Report on vaccination in Madras 1877-1894 - 1877-1894
Year: 1877
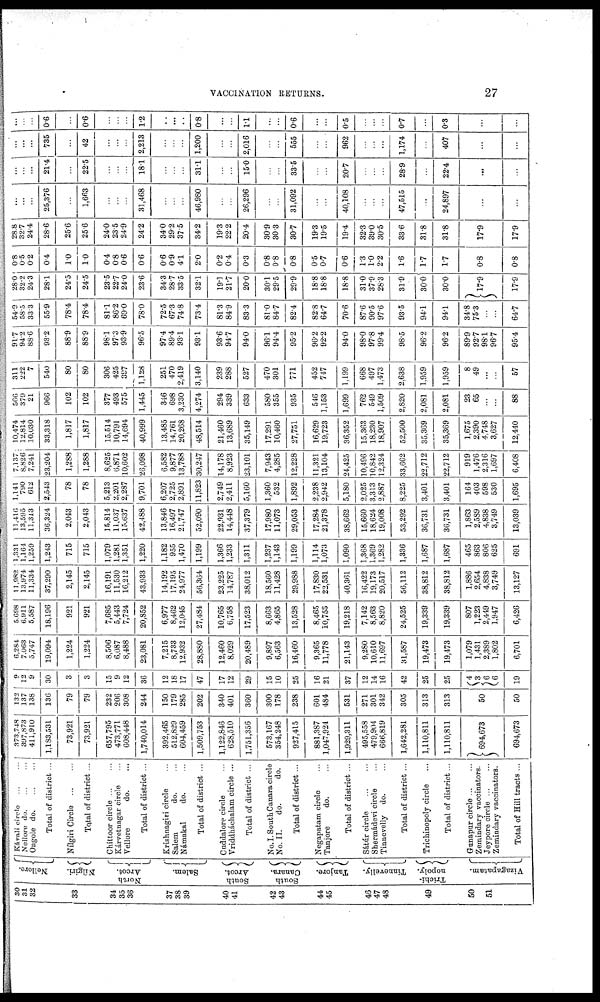
VACCINATION RETURNS.
27
30
31
32
33
34
35
36
37
39
40
41
42
43
44
45
46
47
48
49
50
51
Nellore.
Nílgiri.
North
Arcot.
Salem.
South
Arcot.
South
Canara.
Tanjore.
Tinnevelly.
Trichi¬
nopoly.
Vizagapatam.
Kávali circle ... ...
Nellore do. ... ...
Ongole do.
Total of district ...
Nílgiri Circle
...
...
Total of district ...
Chittoor circle ... ...
Kárvetnagar circle
Vellore
do. ...
Total of district ...
Krishnagiri circle ...
Salem
do. ...
Námakal
do. ...
Total of district ...
Cuddalore circle ...
Vriddháchalam circle ...
Total of district ...
No.I. South Canara circle
No. II.
do.
do.
Total of district ...
Negapatam circle ...
Tanjore
do. ...
Total of district ...
Sátúr circle ... ...
Shermádevi circle ...
Tinnevelly do. ...
Total of district ...
Trichinopoly circle ...
Total of district ...
Gunapur circle ...
Zemindary vaccinators.
Jeypore circle ... ...
Zemindary vaccinators.
Total of Hill tracts ...
373,748
397,873
411,910
1,183,531
73,921
73,921
657,795
473,771
608,448
1,740,014
392,465
512,829
604,459
1,509,753
1,122,846
628,510
1,751,356
573,167
354,248
927,415
881,387
1,047,924
1,929,311
495,558
479,904
666,819
1,642,281
1,110,811
1,110,811
694,673
694,673
132
137
138
136
79
79
232
206
308
244
150
179
285
202
340
401
360
300
178
238
601
484
531
271
301
342
305
313
313
50
50
9 12
9
30
3
3
15
9
12
36
12
18
17
47
17
12
29
15
10
25
16
21
37
12
14
16
42
25
25
4
3
6
6
19
6,284
7,063
5,747
19,094
1,224
1,224
8,506
6,087
8,488
23,081
7,215
8,733
12,932
28,880
12,460
8,029
20,489
9,897
6,563
16,460
9,365
11,778
21,143
9,280
10,610
11,697
31,587
19,473
19,473
1,079
1,431
2,389
1,802
6,701
5,698
6,911
5,587
18,196
921
921
7,685
5,443
7,724
20,852
6,977
8,462
12,045
27,484
10,765
6,758
17,523
8,663
4,865
13,528
8,465
10,753
19,218
7,142
8,563
8,820
24,525
19,339
19,339
807
1,223
2,449
1,947
6,426
11,982
13,974
11,334
37,290
2,145
2,145
16,191
11,530
16,212
43,933
14,192
17,195
24,977
56,364
23,225
14,787
38,012
18,560
11,428
29,988
17,830
22,531
40,361
16,422
19,173
20,517
56,112
38,812
38,812
1,886
2,654
4,838
3,749
13,127
1,331
1,164
1,259
1,243
715
715
1,079
1,281
1,351
1,220
1,182
955
1,470
1,199
1,366
1,233
1,311
1,237
1,143
1,199
1,114
1,073
1,090
1,368
1,369
1,282
1,336
1,687
1,687
465
863
806
625
691
11,416
13,595
11,313
36,324
2,043
2,043
15,814
11,037
15,637
42,488
13,846
16,497
21,747
52,090
22,931
14,448
37,379
17,980
11,073
29,053
17,284
21,378
38,662
15,660
18,624
19,008
53,292
36,731
36,731
1,863
2,589
4,838
3,749
13,039
1,141
790
612
2,543
78
78
5,213
2,201
2,287
9,701
6,207
2,725
2,891
11,823
2,749
2,411
5,160
1,360
532
1,892
2,238
2,942
5,180
2,025
3,313
2,887
8,225
3,401
3,401
164
403
598
530
1,695
7,137
8,826
7,241
23,204
1,288
1,288
8,625
6,871
10,602
26,098
6,582
9,877
13,788
30,247
14,178
8,923
23,101
7,943
4,285
12,228
11,321
13,104
24,425
10,496
10,842
12,324
33,662
22,712
22,712
919
1,476
2,316
1,697
6,408
10,474
12,814
10,030
33,318
1,817
1,817
15,514
10,791
14,694
40,999
13,485
14,761
20,268
48,514
21,460
13,689
35,149
17,291
10,460
27,751
16,629
19,723
36,352
15,363
18,230
18,907
52,500
35,369
35,369
1,675
2,390
4,748
3,627
12,440
566
379
21
966
102
102
377
493
575
1,445
346
698
3,230
4,274
294
339
633
580
355
935
546
1,153
1,699
762
549
1,509
2,820
2,081
2,081
23
65
...
...
88
311
222
7
540
80
80
306
425
397
1,128
251
470
2,419
3,140
239
288
527
470
301
771
452
747
1,199
668
497
1,473
2,638
1,959
1,959
8
49
...
...
57
91.7
94.2
88.6
93.2
88.9
88.9
98.1
97.3
93.9
96.5
97.4
89.4
93.1
93.1
93.6
94.7
94.0
96.1
94.4
95.2
96.2
92.2
94.0
98.0
97.8
99.4
98.5
96.2
96.2
89.9
92.7
98.1
96.7
95.4
54.9
58.5
33.3
55.9
78.4
78.4
81.1
86.2
69.0
78.0
72.5
67.3
74.8
73.4
81.3
84.9
83.3
81.0
84.7
82.4
82.8
64.7
70.6
87.6
90.5
97.6
93.5
94.1
94.1
34.8
75.3
...
...
64.7
28.0
32.2
24.3
28.1
24.5
24.5
23.5
22.7
24.0
236
343
28.7
33.5
32.1
19.1
21.7
20.0
30.1
29.5
29.9
18.8
18.8
18.8
31.0
37.9
28.3
31.9
30.0
30.0
l7.9
17.9
0.8
0.5
0.2
0.4
1.0
1.0
0.4
0.8
0.6
0.6
0.6
0.9
4.1
2.0
0.2
0.4
0.3
0.8
0.8
0.8
0.5
0.7
0.6
1.3
1.0
2.2
1.6
1.7
1.7
0.8
0.8
28.8
32.7
24.4
28.6
25.6
25.6
24.0
23.5
24.9
24.2
34.0
29.2
37.5
34.2
19.3
22.2
20.4
30.9
30.3
30.7
19.3
19.5
19.4
32.3
39.0
30.5
33.6
31.8
31.8
17.9
17.9
... ...
...
25,376
...
1,663
...
...
...
31,468
...
...
...
46,980
...
...
26,296
...
...
31,092
...
...
40,108
...
...
...
47,515
...
24,897
...
...
...
...
...
21.4
...
22.5
...
...
...
18.1
...
...
...
31.1
...
...
150
...
...
33.5
...
...
20.7
...
...
...
28.9
...
22.4
...
...
...
... ...
735
...
42
...
...
...
2,213
...
...
...
1,200
...
...
2,016
...
...
555
...
...
962
...
...
...
1,174
...
407
...
...
...
...
...
0.6
...
0.6
...
...
...
1.2
...
...
...
0.8
...
...
1.1
...
...
0.6
...
...
0.5
...
...
...
0.7
...
0.3
...
...